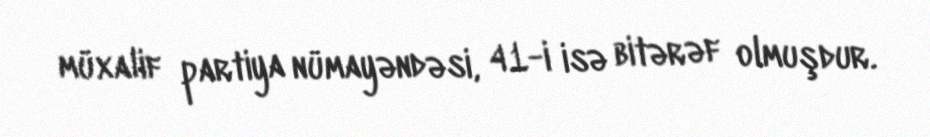
müxalif partiya nümayəndəsi, 41-i isə bitərəf olmuşdur.